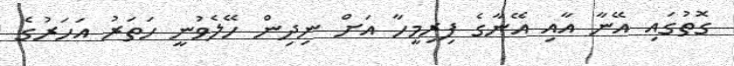
ގޮތުގައި އޭނާ އާއި އޭނާގެ ފިރިމީހާ އަށް ނިދިން ހޭލެވުނީ ހަތަރު އަހަރުގެ